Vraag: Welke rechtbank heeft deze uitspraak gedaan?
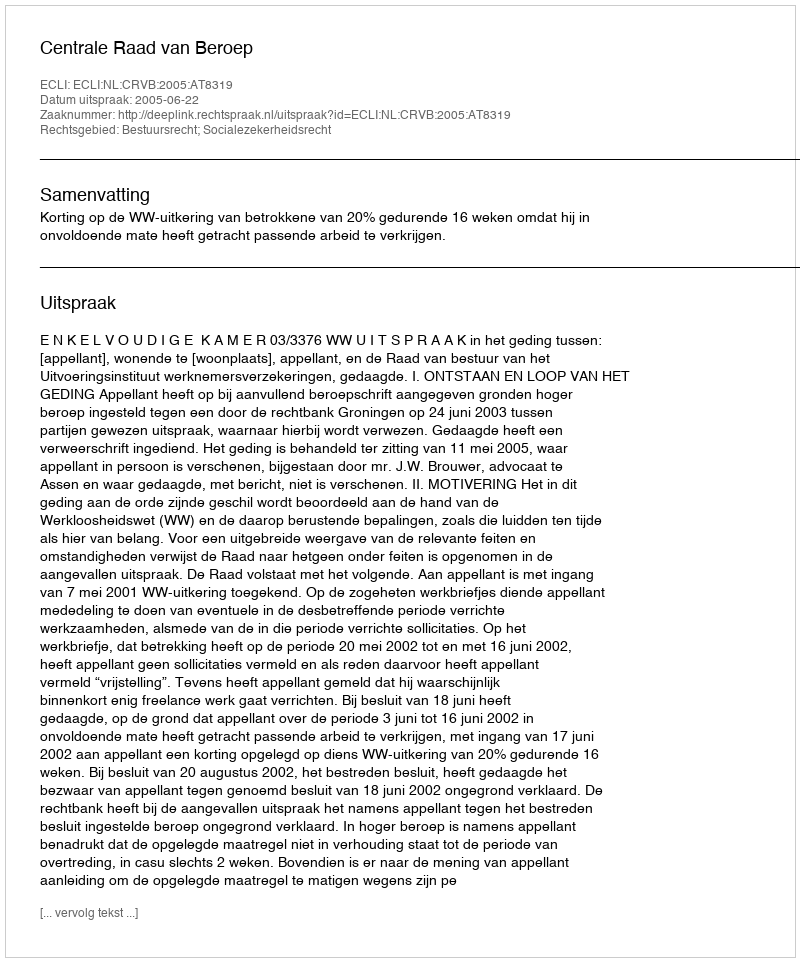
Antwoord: Centrale Raad van Beroep